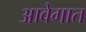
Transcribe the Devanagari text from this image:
आवेगात